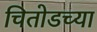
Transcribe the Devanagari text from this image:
चितोडच्या